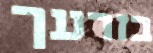
בזרעך